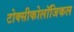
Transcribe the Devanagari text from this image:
टोक्सीकोलॉजिकल